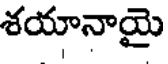
శయానాయై